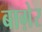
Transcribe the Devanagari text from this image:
बाग़ेर